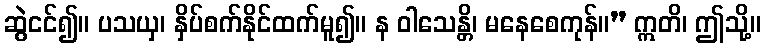
ဆွဲငင်၍။ ပသယှ၊ နှိပ်စက်နိုင်ထက်မူ၍။ န ဝါသေန္တိ၊ မနေစေကုန်။” ဣတိ၊ ဤသို့။